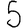
Digit: 5